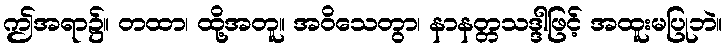
ဤအရာ၌။ တထာ၊ ထို့အတူ။ အဝိသေတွာ၊ နာနတ္တသဒ္ဒါဖြင့် အထူးမပြုဘဲ။